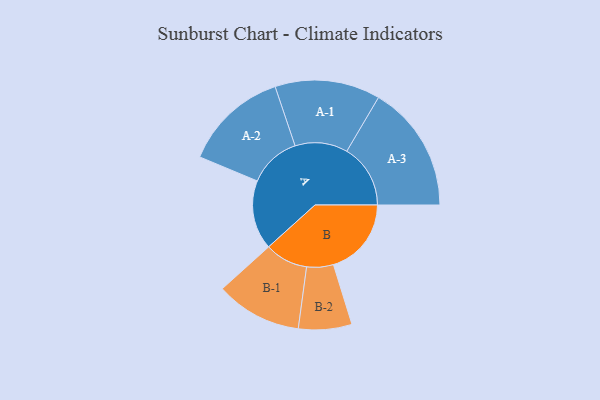
{"axis": {"x": "Segment", "y": "Value"}, "legend": ["", "A", "B"], "data": [{"x": "A", "y": 296, "type": ""}, {"x": "B", "y": 333, "type": ""}, {"x": "A-1", "y": 225, "type": "A"}, {"x": "A-2", "y": 223, "type": "A"}, {"x": "A-3", "y": 272, "type": "A"}, {"x": "B-1", "y": 184, "type": "B"}, {"x": "B-2", "y": 114, "type": "B"}]}